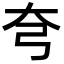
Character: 𡗝